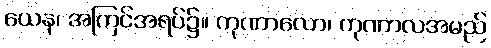
ယေန၊ အကြင်အရပ်၌။ ကုဏာလော၊ ကုဏာလအမည်